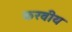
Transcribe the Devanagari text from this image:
करवीय